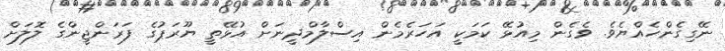
ނޭގިގެންހެއްޔެވެ. ވެގެން މިއުޅޭ ކަމަކީ އަހަރެމެން އިސްލާމްދީނަށް އުޅޭތީ ޔޫރަޕުގެ ފަރަންޖީންގެ ލޮލަށް